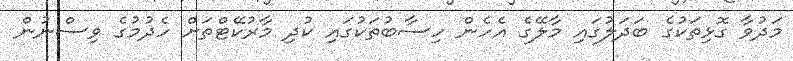
މަދުވާ ގޮޅިތަކުގެ ބަދަލުގައި މާލޭގެ އެހެން ހިސާބުތަކުގައި ކުދި މާރުކޭޓްތަށް ހެދުމުގެ ވިސްނުން